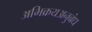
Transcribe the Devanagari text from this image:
अभिक्रयअनुबंध